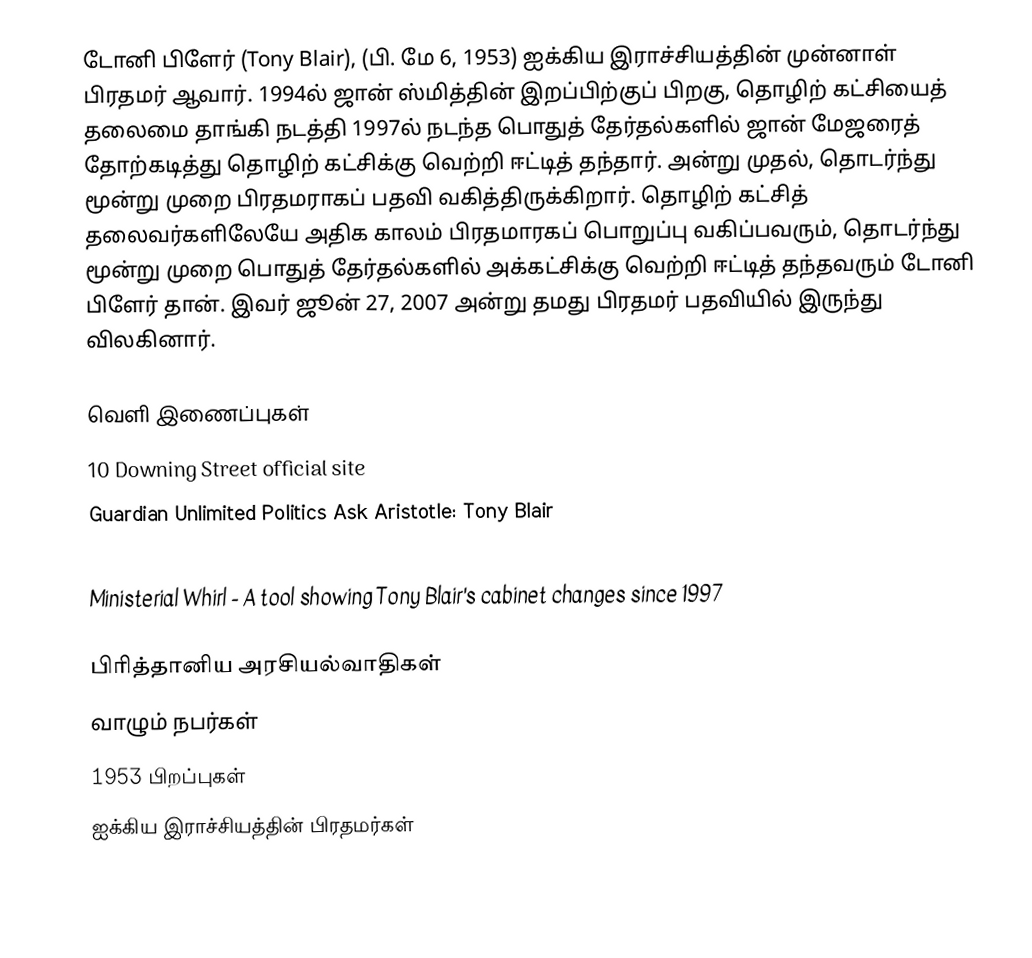
டோனி பிளேர் (Tony Blair), (பி. மே 6, 1953) ஐக்கிய இராச்சியத்தின் முன்னாள் பிரதமர் ஆவார். 1994ல் ஜான் ஸ்மித்தின் இறப்பிற்குப் பிறகு, தொழிற் கட்சியைத் தலைமை தாங்கி நடத்தி 1997ல் நடந்த பொதுத் தேர்தல்களில் ஜான் மேஜரைத் தோற்கடித்து தொழிற் கட்சிக்கு வெற்றி ஈட்டித் தந்தார். அன்று முதல், தொடர்ந்து மூன்று முறை பிரதமராகப் பதவி வகித்திருக்கிறார். தொழிற் கட்சித் தலைவர்களிலேயே அதிக காலம் பிரதமாரகப் பொறுப்பு வகிப்பவரும், தொடர்ந்து மூன்று முறை பொதுத் தேர்தல்களில் அக்கட்சிக்கு வெற்றி ஈட்டித் தந்தவரும் டோனி பிளேர் தான். இவர் ஜூன் 27, 2007 அன்று தமது பிரதமர் பதவியில் இருந்து விலகினார்.

வெளி இணைப்புகள்
 10 Downing Street official site
 Guardian Unlimited Politics Ask Aristotle: Tony Blair
 They Work For You - Tony Blair
 Ministerial Whirl - A tool showing Tony Blair's cabinet changes since 1997

பிரித்தானிய அரசியல்வாதிகள்
வாழும் நபர்கள்
1953 பிறப்புகள்
ஐக்கிய இராச்சியத்தின் பிரதமர்கள்